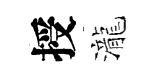
授瀧